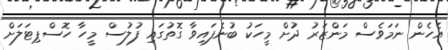
އެހެން ނަމަވެސް މަންޒަރު ދުށް މީހަކު ބުނެފައިވާ ގޮތުގައި ފުލުސް މީހާ ހޮސްޕިޓަލަށް